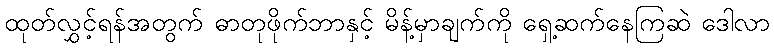
ထုတ်လွှင့်ရန်အတွက် ဓာတုဖိုက်ဘာနှင့် မိန့်မှာချက်ကို ရှေ့ဆက်နေကြဆဲ ဒေါလာ